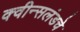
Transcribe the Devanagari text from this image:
क्वीन्सलंडचे